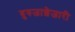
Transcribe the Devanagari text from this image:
बुरुजाशेजारी